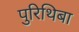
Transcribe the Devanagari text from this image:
पुरिथिबा